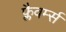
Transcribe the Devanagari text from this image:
फ्लैवर्म्स